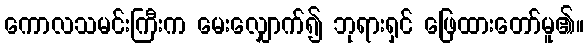
ကောလသမင်းကြီးက မေးလျှောက်၍ ဘုရားရှင် ဖြေထားတော်မူ၏။